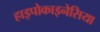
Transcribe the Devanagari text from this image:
हाइपोकाइनेसिया